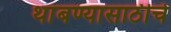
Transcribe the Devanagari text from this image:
थांबण्यासाठीचे